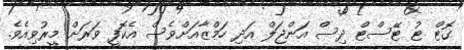
ގޮޓް ޓު ޓޭސްޓް ދިސް އަންޖަލް އަދި ހަމްޒާއަށްވެސް އެކޮފީ ވަރަަށް މީރުވިއެވެ.